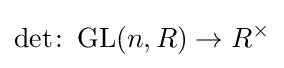
\det \colon \operatorname {GL} (n,R)\to R^{\times }